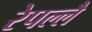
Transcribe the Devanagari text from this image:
रेपल्लै